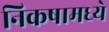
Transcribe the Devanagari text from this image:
निकषामध्ये